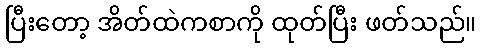
ပြီးတော့ အိတ်ထဲကစာကို ထုတ်ပြီး ဖတ်သည်။